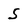
Character: 5